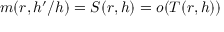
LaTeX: m ( r , h ^ { \prime } / h ) = S ( r , h ) = o ( T ( r , h ) )